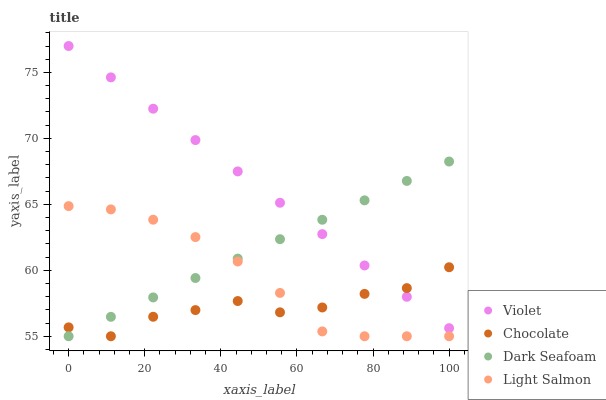
| xaxis_label | Violet | Chocolate | Dark Seafoam | Light Salmon |
 | --- | --- | --- | --- | --- |
 | 0 | 77 | 55.7 | 55 | 64.9 |
 | 11.1 | 74.6 | 55 | 56.5 | 64.6 |
 | 22.2 | 72.2 | 56.5 | 57.9 | 63.8 |
 | 33.3 | 69.9 | 57 | 59.4 | 62.5 |
 | 44.4 | 67.5 | 57.7 | 60.9 | 60.7 |
 | 55.6 | 65.1 | 56.8 | 62.4 | 58.3 |
 | 66.7 | 62.7 | 57.2 | 63.8 | 55.4 |
 | 77.8 | 60.4 | 58.2 | 65.3 | 55 |
 | 88.9 | 58 | 58.6 | 66.8 | 55 |
 | 100 | 55.6 | 60.2 | 68.2 | 55 |